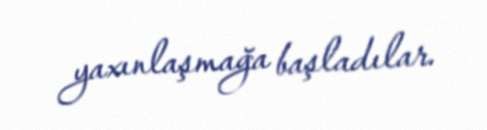
yaxınlaşmağa başladılar.